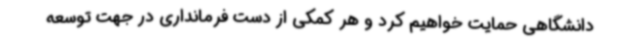
دانشگاهی حمایت خواهیم کرد و هر کمکی از دست فرمانداری در جهت توسعه